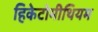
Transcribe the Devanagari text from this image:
हिकेटोमीथियम